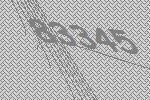
83345